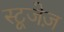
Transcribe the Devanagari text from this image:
स्टूजेज़